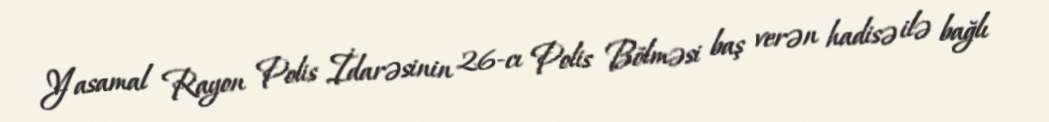
Yasamal Rayon Polis İdarəsinin 26-cı Polis Bölməsi baş verən hadisə ilə bağlı